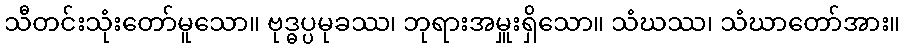
သီတင်းသုံးတော်မူသော။ ဗုဒ္ဓပ္ပမုခဿ၊ ဘုရားအမှူးရှိသော။ သံဃဿ၊ သံဃာတော်အား။